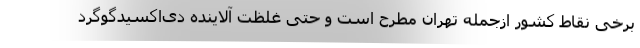
برخی نقاط کشور ازجمله تهران مطرح است و حتی غلظت آلاینده دی‌اکسیدگوگرد